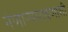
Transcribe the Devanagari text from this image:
नेणाऱ्यारावणाशी